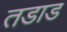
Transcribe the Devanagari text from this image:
तडाड